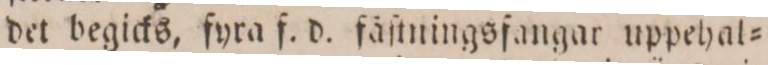
det begicks, fyra f. d. fåſtningsfangar uppehat=